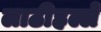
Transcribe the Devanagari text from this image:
लाठीहल्ले